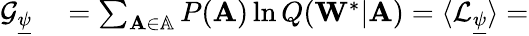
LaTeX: \begin{array}{rl}{\mathcal{G}_{\underline{{\psi}}}}&{{}=\sum_{\mathbf{A}\in\mathbb{A}}P(\mathbf{A})\ln Q(\mathbf{W}^{*}|\mathbf{A})=\langle\mathcal{L}_{\underline{{\psi}}}\rangle=}\end{array}